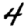
Digit: 4